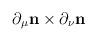
\begin{align*}\partial_{\mu} {\bf n}\times \partial_{\nu}{\bf n}\end{align*}